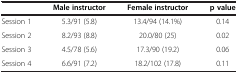
<table><thead><tr><td><b> </b></td><td><b>Male instructor</b></td><td><b>Female instructor</b></td><td><b>p value</b></td></tr></thead><tbody><tr><td>Session 1</td><td>5.3/91 (5.8)</td><td>13.4/94 (14.1%)</td><td>0.14</td></tr><tr><td>Session 2</td><td>8.2/93 (8.8)</td><td>20.0/80 (25)</td><td>0.02</td></tr><tr><td>Session 3</td><td>4.5/78 (5.6)</td><td>17.3/90 (19.2)</td><td>0.06</td></tr><tr><td>Session 4</td><td>6.6/91 (7.2)</td><td>18.2/102 (17.8)</td><td>0.11</td></tr></tbody></table>